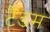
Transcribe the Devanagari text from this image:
टैंडम